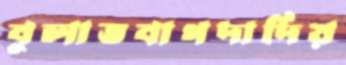
বুলাতবাগদাদিয়